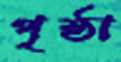
পৃষ্ঠা